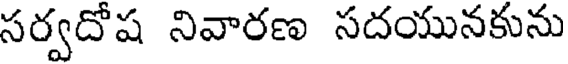
సర్వదోష నివారణ సదయునకును